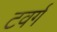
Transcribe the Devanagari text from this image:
टवर्ग